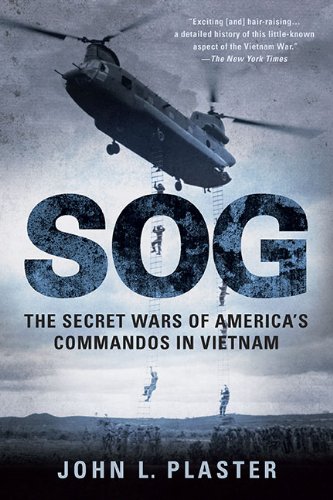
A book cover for Sog: The Secret Wars of America's Commandos in Vietnam; John L. Plaster; History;